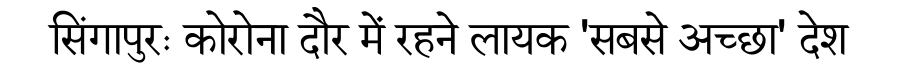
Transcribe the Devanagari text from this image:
सिंगापुरः कोरोना दौर में रहने लायक 'सबसे अच्छा' देश